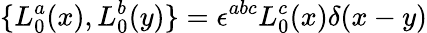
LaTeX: \{ L_{0}^{a}(x),L_{0}^{b}(y)\} =\epsilon^{abc}L_{0}^{c}(x)\delta(x-y)